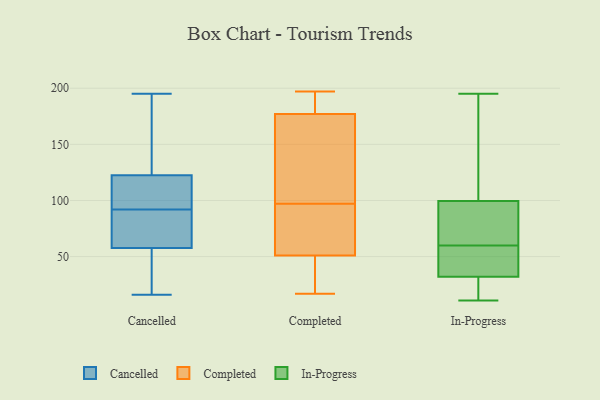
{"axis": {"x": "Website Visitors", "y": "Value"}, "legend": ["Cancelled", "Completed", "In-Progress"], "data": [{"x": "", "y": 126, "type": "Cancelled"}, {"x": "", "y": 82, "type": "Cancelled"}, {"x": "", "y": 22, "type": "Cancelled"}, {"x": "", "y": 16, "type": "Cancelled"}, {"x": "", "y": 44, "type": "Cancelled"}, {"x": "", "y": 86, "type": "Cancelled"}, {"x": "", "y": 42, "type": "Cancelled"}, {"x": "", "y": 129, "type": "Cancelled"}, {"x": "", "y": 66, "type": "Cancelled"}, {"x": "", "y": 111, "type": "Cancelled"}, {"x": "", "y": 80, "type": "Cancelled"}, {"x": "", "y": 195, "type": "Cancelled"}, {"x": "", "y": 106, "type": "Cancelled"}, {"x": "", "y": 136, "type": "Cancelled"}, {"x": "", "y": 55, "type": "Cancelled"}, {"x": "", "y": 92, "type": "Cancelled"}, {"x": "", "y": 125, "type": "Cancelled"}, {"x": "", "y": 101, "type": "Cancelled"}, {"x": "", "y": 115, "type": "Cancelled"}, {"x": "", "y": 83, "type": "Completed"}, {"x": "", "y": 46, "type": "Completed"}, {"x": "", "y": 186, "type": "Completed"}, {"x": "", "y": 197, "type": "Completed"}, {"x": "", "y": 176, "type": "Completed"}, {"x": "", "y": 95, "type": "Completed"}, {"x": "", "y": 99, "type": "Completed"}, {"x": "", "y": 29, "type": "Completed"}, {"x": "", "y": 99, "type": "Completed"}, {"x": "", "y": 133, "type": "Completed"}, {"x": "", "y": 90, "type": "Completed"}, {"x": "", "y": 178, "type": "Completed"}, {"x": "", "y": 17, "type": "Completed"}, {"x": "", "y": 184, "type": "Completed"}, {"x": "", "y": 38, "type": "Completed"}, {"x": "", "y": 56, "type": "Completed"}, {"x": "", "y": 35, "type": "In-Progress"}, {"x": "", "y": 90, "type": "In-Progress"}, {"x": "", "y": 192, "type": "In-Progress"}, {"x": "", "y": 29, "type": "In-Progress"}, {"x": "", "y": 75, "type": "In-Progress"}, {"x": "", "y": 11, "type": "In-Progress"}, {"x": "", "y": 12, "type": "In-Progress"}, {"x": "", "y": 70, "type": "In-Progress"}, {"x": "", "y": 195, "type": "In-Progress"}, {"x": "", "y": 109, "type": "In-Progress"}, {"x": "", "y": 44, "type": "In-Progress"}, {"x": "", "y": 50, "type": "In-Progress"}]}